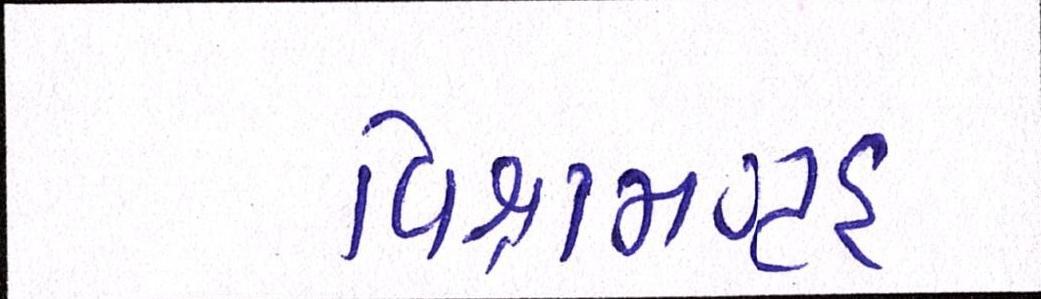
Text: વિશ્રામગૃહ